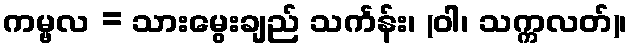
ကမ္ဗလ = သားမွေးချည် သင်္ကန်း၊ (ဝါ၊ သက္ကလတ်)၊